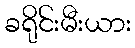
ခရိုင်းမီးယား